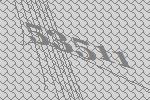
53511